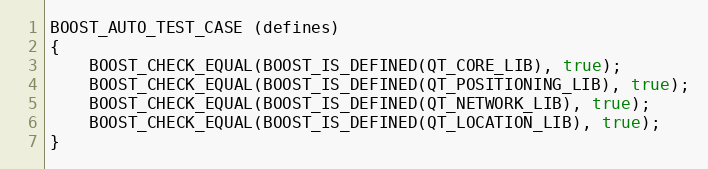
Language: C++
BOOST_AUTO_TEST_CASE (defines)
{
    BOOST_CHECK_EQUAL(BOOST_IS_DEFINED(QT_CORE_LIB), true);
    BOOST_CHECK_EQUAL(BOOST_IS_DEFINED(QT_POSITIONING_LIB), true);
    BOOST_CHECK_EQUAL(BOOST_IS_DEFINED(QT_NETWORK_LIB), true);
    BOOST_CHECK_EQUAL(BOOST_IS_DEFINED(QT_LOCATION_LIB), true);
}